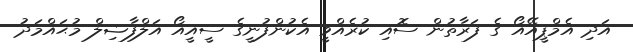
އަދި އެމްޕީއޭއޯ ގެ ފަރާތުން ސޮއި ކުރެއްވީ އެކުންފުނީގެ ސީއީއޯ އަލްފާޟިލް މުޙައްމަދު